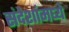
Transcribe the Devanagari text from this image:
संदेशांमध्ये